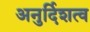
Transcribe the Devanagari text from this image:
अनुर्दिशत्व